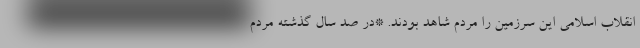
انقلاب اسلامی این سرزمین را مردم شاهد بودند. *در صد سال گذشته مردم